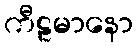
ကီဠမာနော